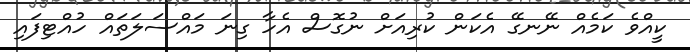
ކީއްވެ ކަމެއް ނޭނގޭ އެކަން ކުރިއަށް ނުގޮސް އެހާ ގިނަ މައްސަލަތައް ހުއްޓިފައި